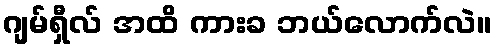
ဂျမ်ရှီလ် အထိ ကားခ ဘယ်လောက်လဲ။